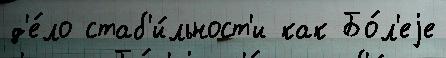
д'е́ло стаб'и́льност'и как Бо́л'еjе